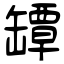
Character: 罈